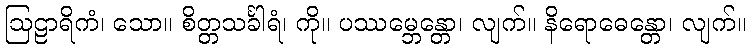
ဩဠာရိကံ၊ သော။ စိတ္တသင်္ခါရံ၊ ကို။ ပဿမ္ဘေန္တော၊ လျက်။ နိရောဓေန္တော၊ လျက်။